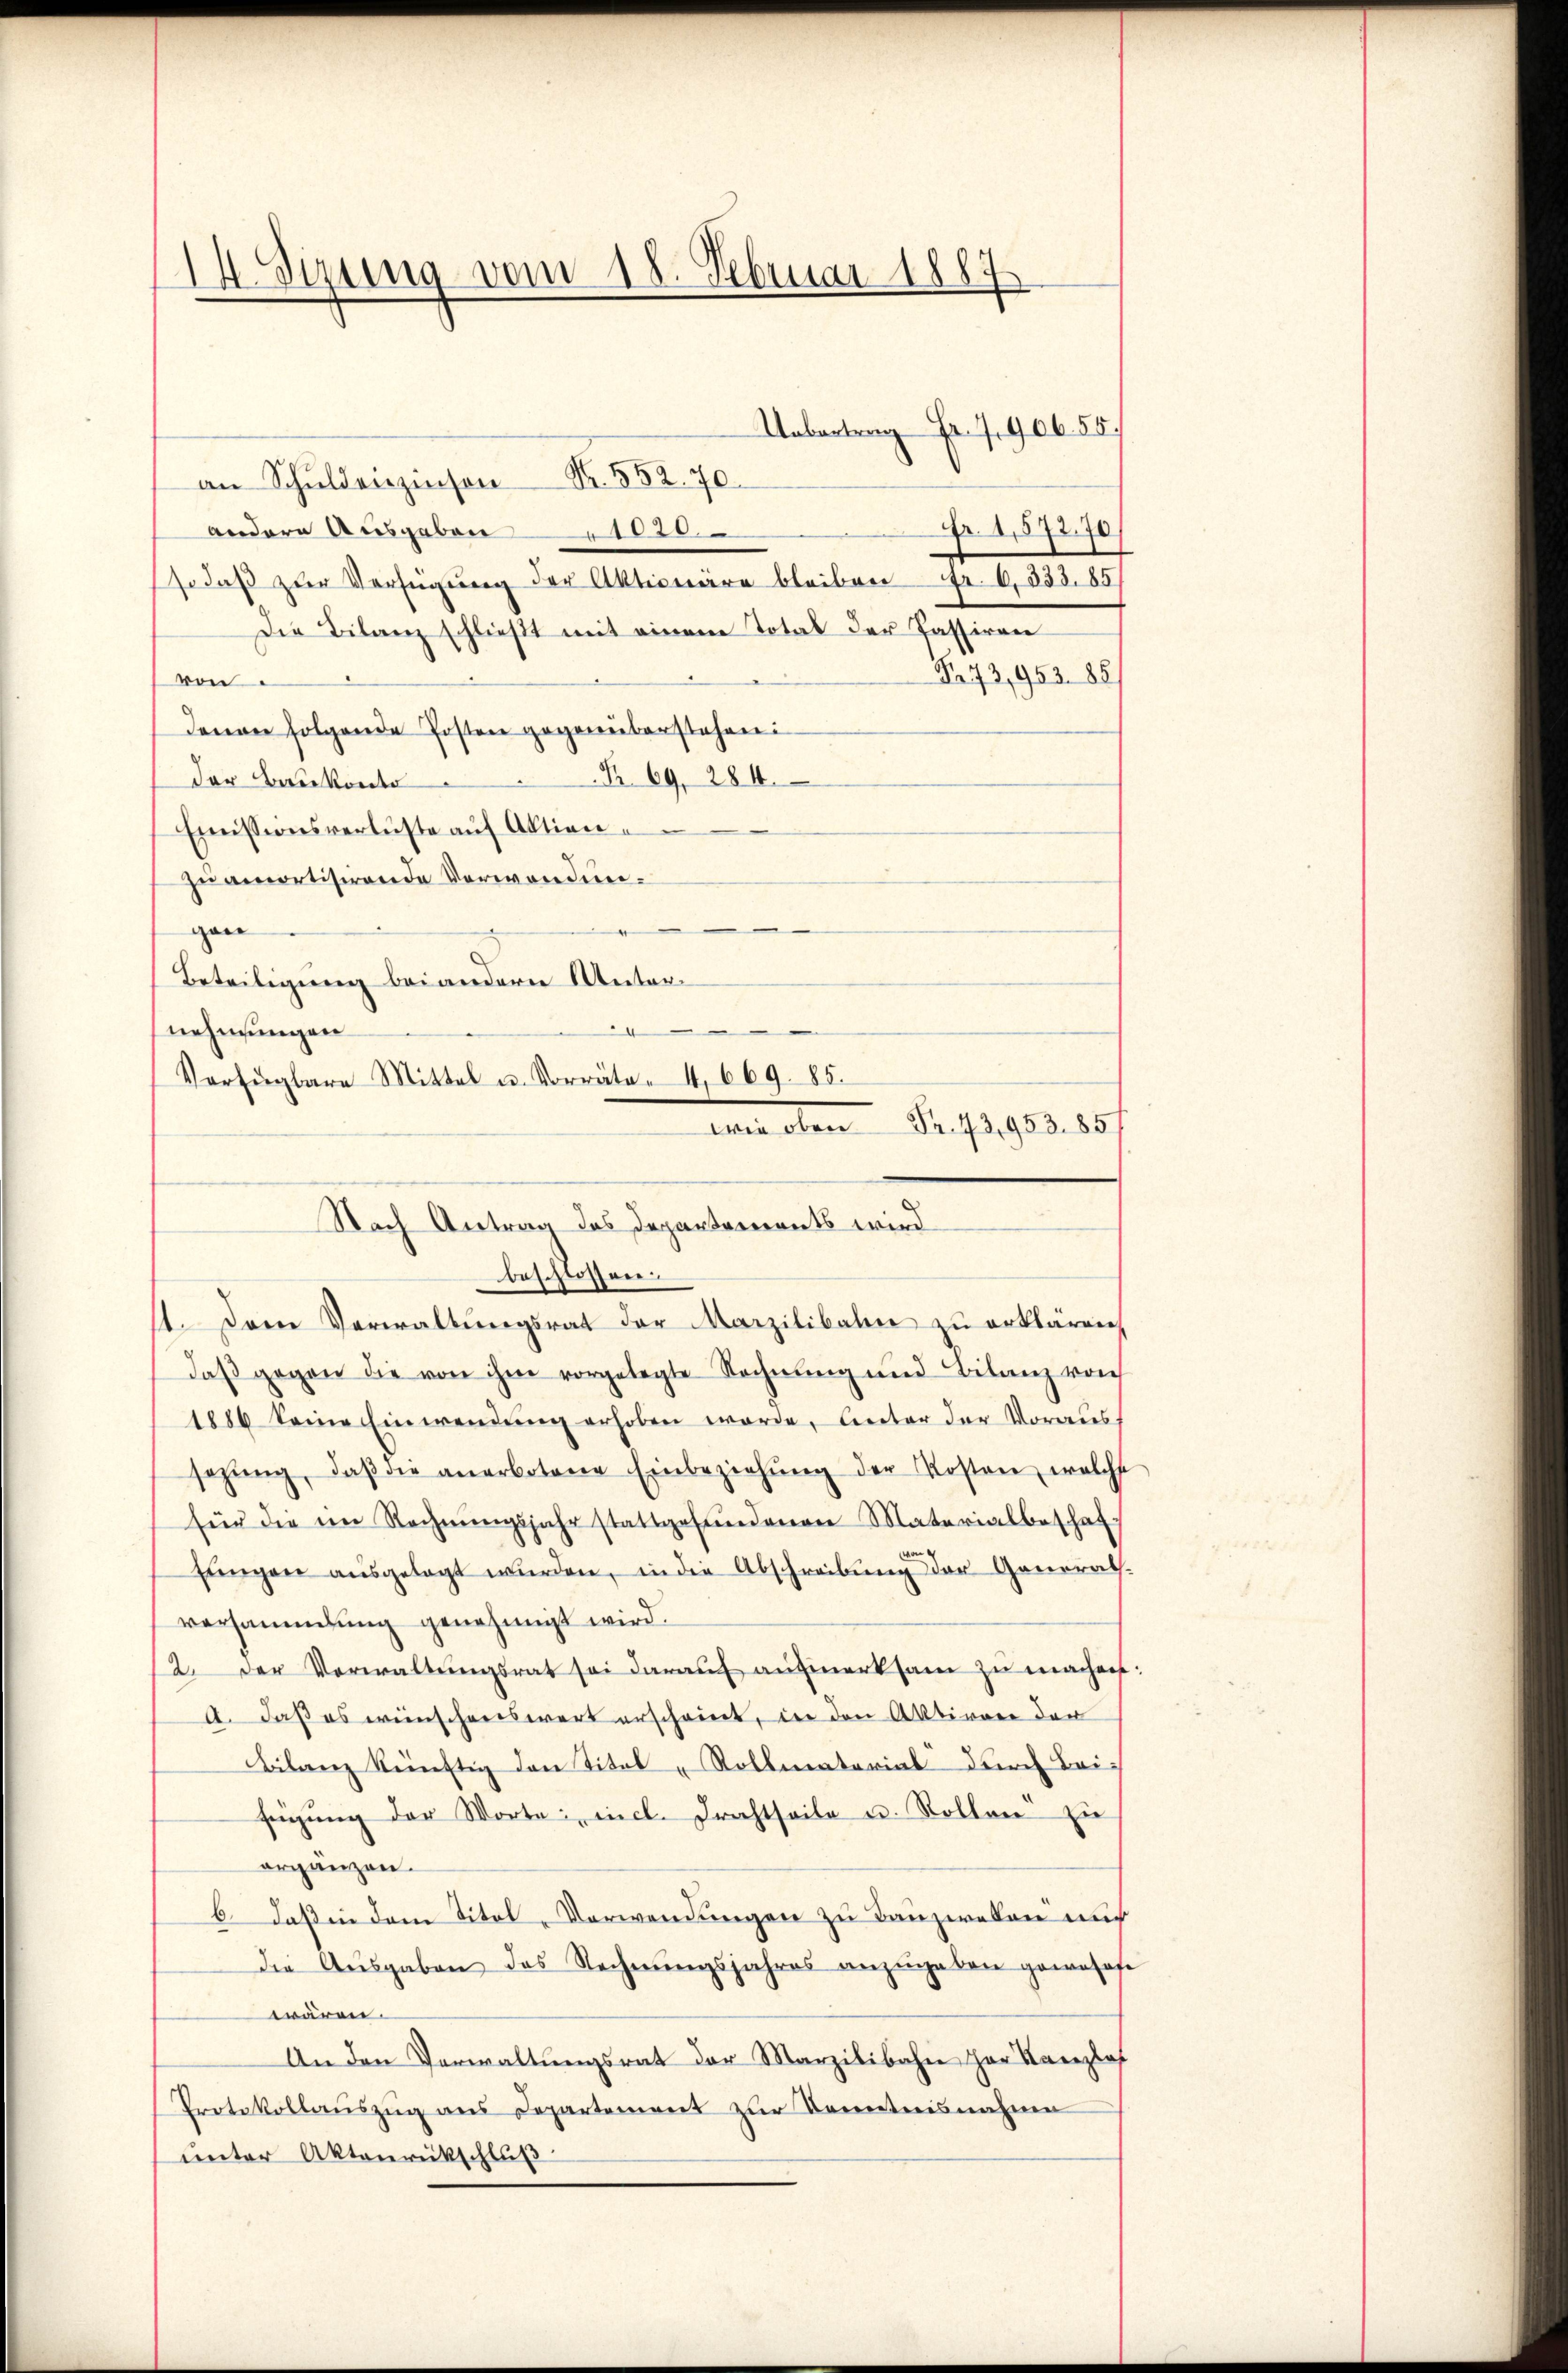
IX. Sitzung vom 18. Februar 1887

Uebertrag Fr. 7906. 55.
an Schuldenzinsen Nr. 552. 70.
Fr. 1572,70/
andere Ausgaben " 1020
so daß zur Verfügung der Aktionäre bleiben Fr. 6, 333. 85
Die Bilanz schließt mit einem Total der Passiven
N73,953. 1881
von
denen folgende Posten gegenüberstehen:
R 69. 284.
der Baukoste
Emissionsverluste auf Aktion
zu amortisirende Verwendungan
Beteiligung bei andern Unteri
11. Den Verwaltŭngsrat der Marzilibalen zu erklären,
daß gegen die von ihme vorgelegte Rechnung und Bilanz von
1886 keine Einwendŭng erhoben werde, Unter der Voraus
sezŭng, daβ die anerbotene Einbeziehŭng der Kosten, welche
für die ein Rechnŭngsjahr stattgefŭndenen Materialbeschaf
fŭngen aŭsgelegt wŭrden, in die Abschreibŭng der Generath.
versammlung genehmigt wird.
2. Der Verwaltŭngsrat sei darauf aufmerksam zu machen
A. daß es wünschenswert erscheint, in den Aktiven der
Bilanz künftig den Titel „Rollmatorial durch Beifügŭng der Worte incl. Drahtheile u. Rollen zu
orgänzen.
6. Daß in dem Titel-Verwendungen zu Tanzielen mich
Die Aŭsgaben das Rechnŭngsjahres anzŭgeben gewisse
wären.
An den Verwaltŭngsrat der Marzilibahne har Kanzlof
Protokollauszug aus Departement zur Kenntnisnahme
unter Aktenrückschluß

.
nehmungen
Verfügbare Mittel u. Vorräte - 4. 669. 85.
ie oben Fr. 73,953. 857
Nach Antrag des Departements wird
beschlossen.